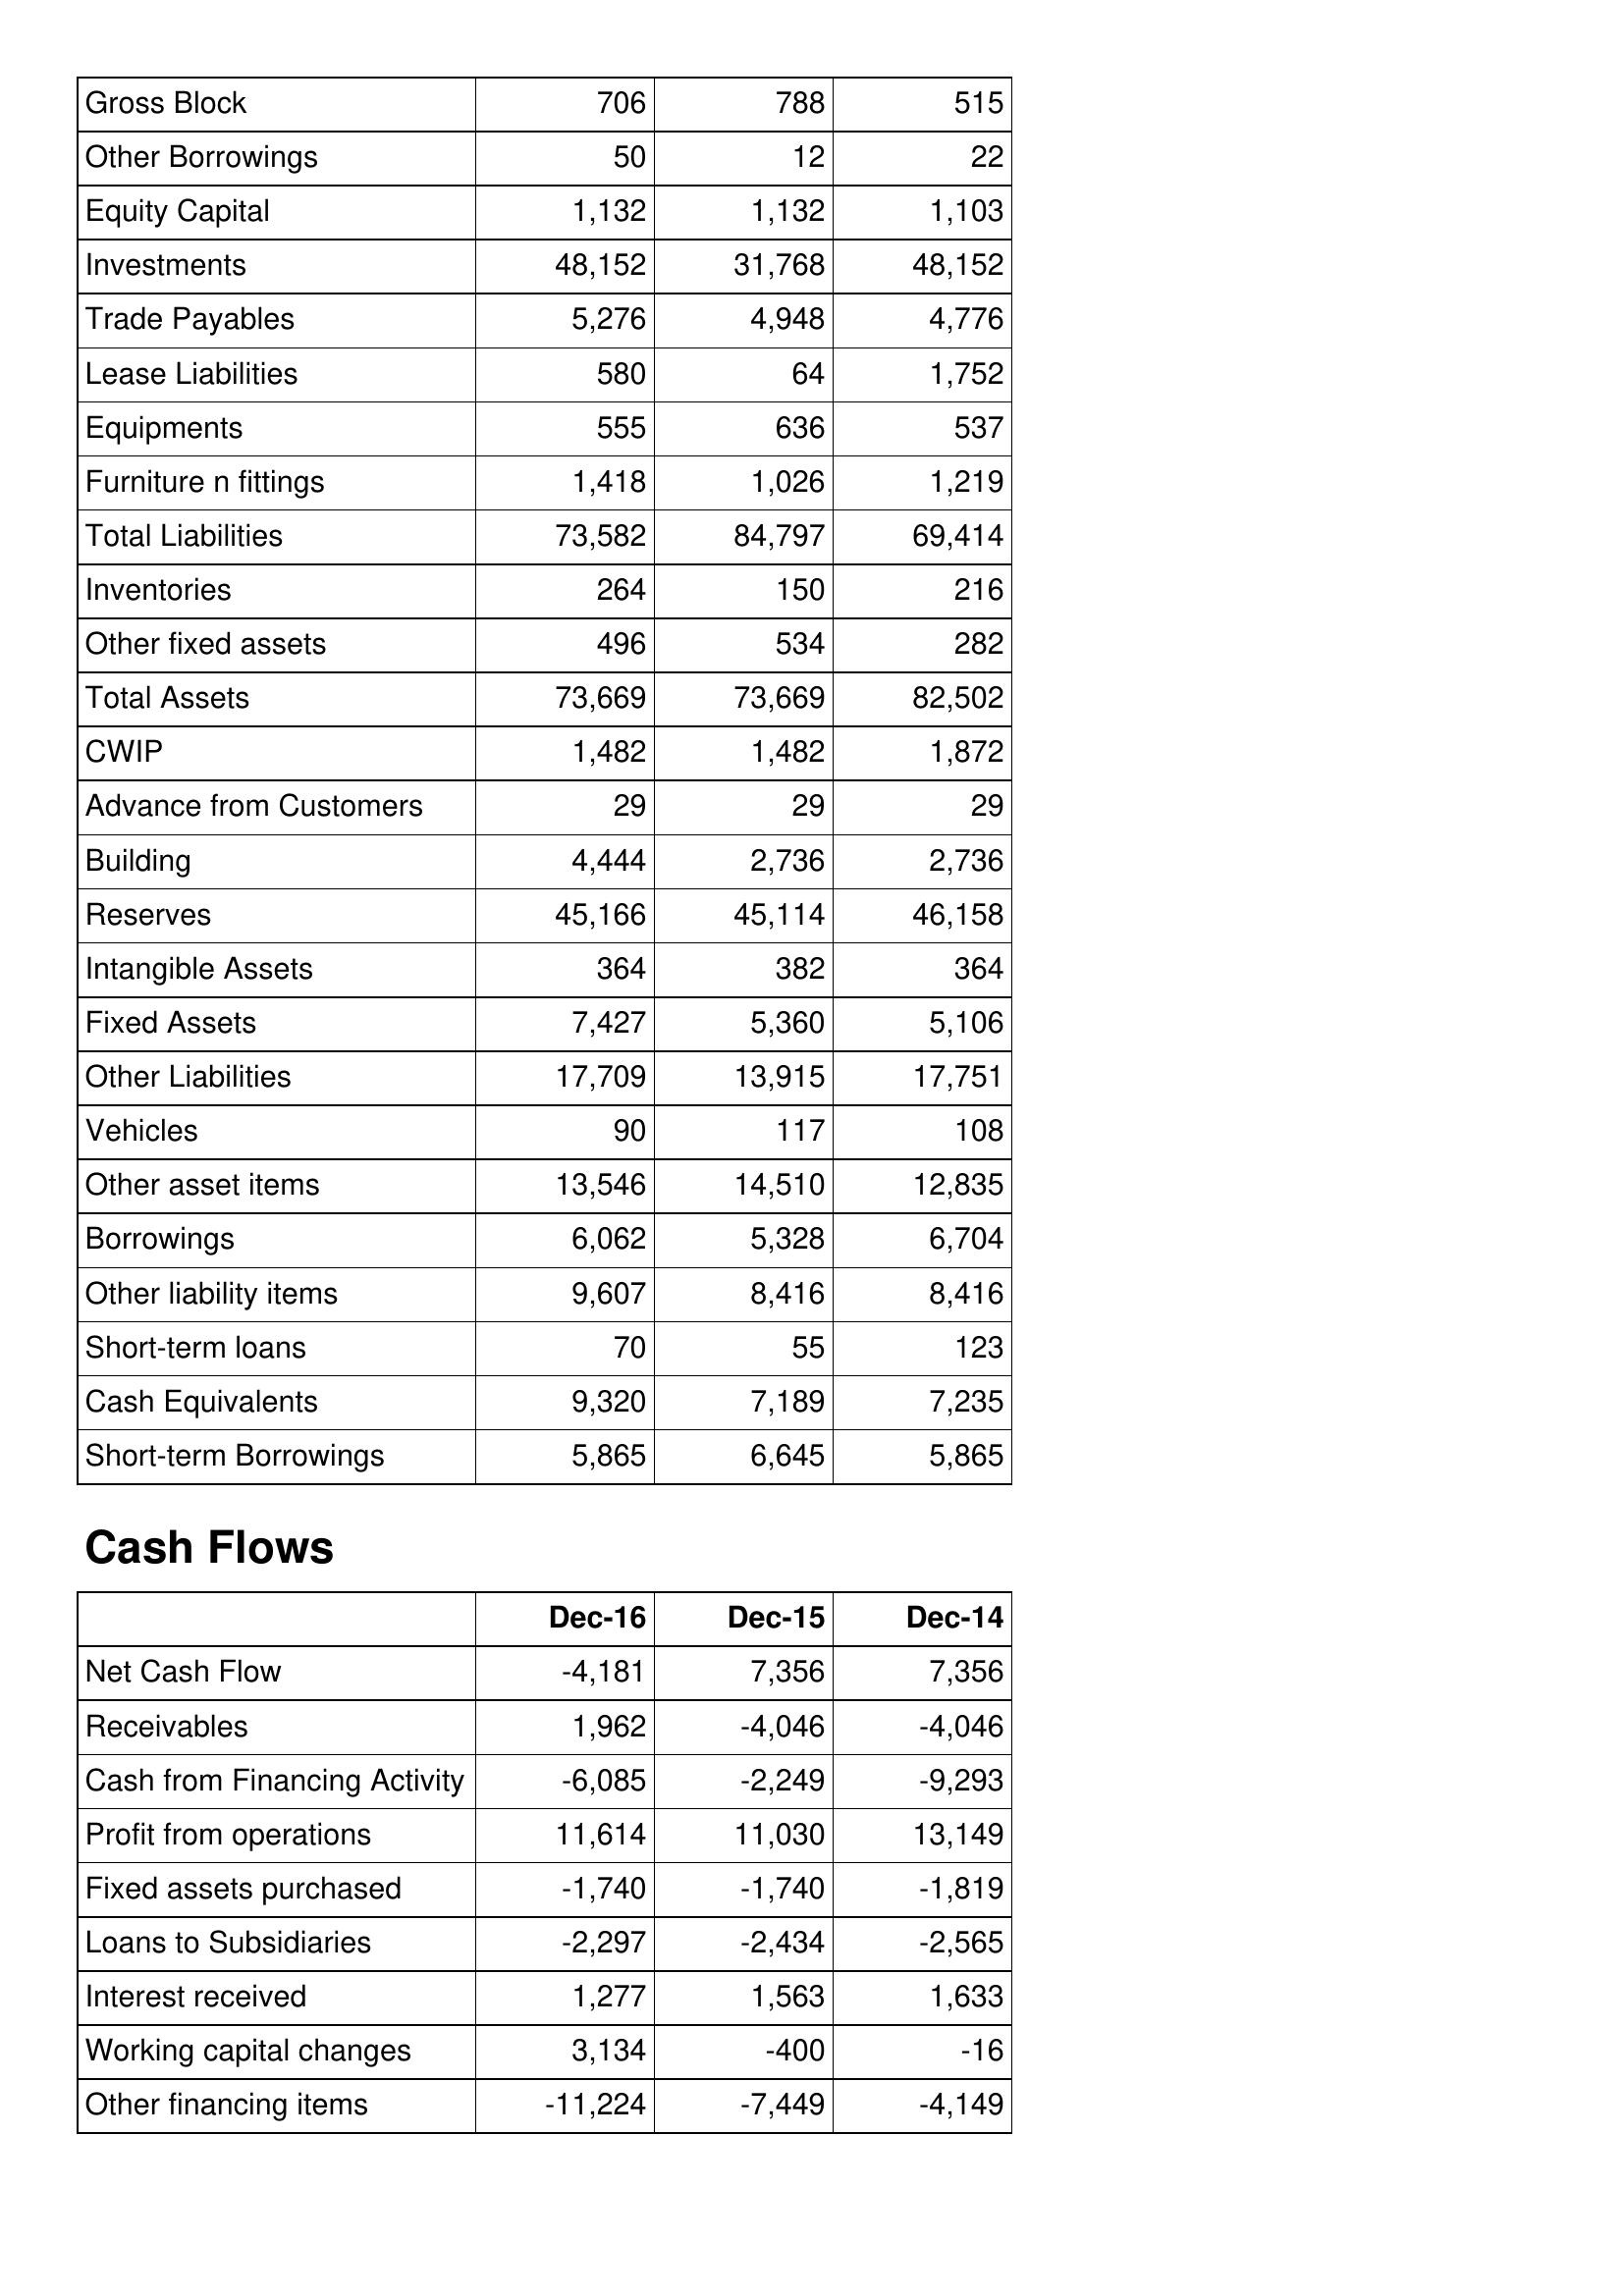
Dec-16: Balance Sheet: Gross Block: 706
Other Borrowings: 50
Equity Capital: 1,132
Investments: 48,152
Trade Payables: 5,276
Lease Liabilities: 580
Equipments: 555
Furniture n fittings: 1,418
Total Liabilities: 73,582
Inventories: 264
Other fixed assets: 496
Total Assets: 73,669
CWIP: 1,482
Advance from Customers: 29
Building: 4,444
Reserves: 45,166
Intangible Assets: 364
Fixed Assets: 7,427
Other Liabilities: 17,709
Vehicles: 90
Other asset items: 13,546
Borrowings: 6,062
Other liability items: 9,607
Short-term loans: 70
Cash Equivalents: 9,320
Short-term Borrowings: 5,865
Cash Flows: Net Cash Flow: -4,181
Receivables: 1,962
Cash from Financing Activity: -6,085
Profit from operations: 11,614
Fixed assets purchased: -1,740
Loans to Subsidiaries: -2,297
Interest received: 1,277
Working capital changes: 3,134
Other financing items: -11,224
Dec-15: Balance Sheet: Gross Block: 788
Other Borrowings: 12
Equity Capital: 1,132
Investments: 31,768
Trade Payables: 4,948
Lease Liabilities: 64
Equipments: 636
Furniture n fittings: 1,026
Total Liabilities: 84,797
Inventories: 150
Other fixed assets: 534
Total Assets: 73,669
CWIP: 1,482
Advance from Customers: 29
Building: 2,736
Reserves: 45,114
Intangible Assets: 382
Fixed Assets: 5,360
Other Liabilities: 13,915
Vehicles: 117
Other asset items: 14,510
Borrowings: 5,328
Other liability items: 8,416
Short-term loans: 55
Cash Equivalents: 7,189
Short-term Borrowings: 6,645
Cash Flows: Net Cash Flow: 7,356
Receivables: -4,046
Cash from Financing Activity: -2,249
Profit from operations: 11,030
Fixed assets purchased: -1,740
Loans to Subsidiaries: -2,434
Interest received: 1,563
Working capital changes: -400
Other financing items: -7,449
Dec-14: Balance Sheet: Gross Block: 515
Other Borrowings: 22
Equity Capital: 1,103
Investments: 48,152
Trade Payables: 4,776
Lease Liabilities: 1,752
Equipments: 537
Furniture n fittings: 1,219
Total Liabilities: 69,414
Inventories: 216
Other fixed assets: 282
Total Assets: 82,502
CWIP: 1,872
Advance from Customers: 29
Building: 2,736
Reserves: 46,158
Intangible Assets: 364
Fixed Assets: 5,106
Other Liabilities: 17,751
Vehicles: 108
Other asset items: 12,835
Borrowings: 6,704
Other liability items: 8,416
Short-term loans: 123
Cash Equivalents: 7,235
Short-term Borrowings: 5,865
Cash Flows: Net Cash Flow: 7,356
Receivables: -4,046
Cash from Financing Activity: -9,293
Profit from operations: 13,149
Fixed assets purchased: -1,819
Loans to Subsidiaries: -2,565
Interest received: 1,633
Working capital changes: -16
Other financing items: -4,149